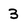
Character: 3